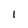
Character: l